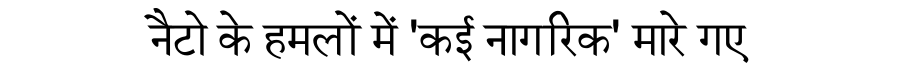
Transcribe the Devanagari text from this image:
नैटो के हमलों में 'कई नागरिक' मारे गए